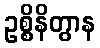
ဥစ္စိနိတွာန